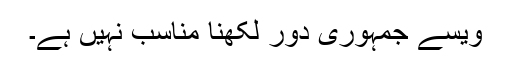
ویسے جمہوری دور لکھنا مناسب نہیں ہے۔